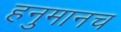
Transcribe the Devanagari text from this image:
हनुमानच